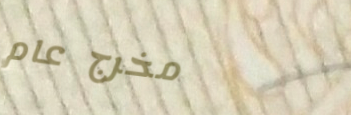
مخرج عام